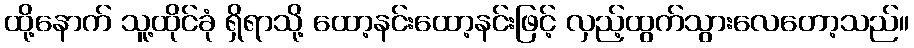
ထို့နောက် သူ့ထိုင်ခုံ ရှိရာသို့ ထော့နင်းထော့နင်းဖြင့် လှည့်ထွက်သွားလေတော့သည်။